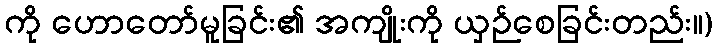
ကို ဟောတော်မူခြင်း၏ အကျိုးကို ယှဉ်စေခြင်းတည်း။)